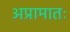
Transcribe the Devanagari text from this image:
अप्रामातः